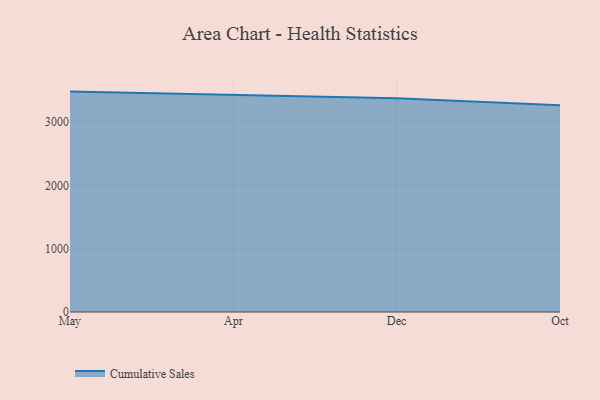
{"axis": {"x": "Month", "y": "Satisfaction Score"}, "legend": ["Cumulative Sales"], "data": [{"x": "May", "y": 3479.6, "type": "Cumulative Sales"}, {"x": "Apr", "y": 3427.0, "type": "Cumulative Sales"}, {"x": "Dec", "y": 3373.3, "type": "Cumulative Sales"}, {"x": "Oct", "y": 3262.2, "type": "Cumulative Sales"}]}